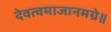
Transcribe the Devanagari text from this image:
देवत्वमाजानमग्रे॥